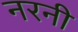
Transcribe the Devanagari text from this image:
नरनी